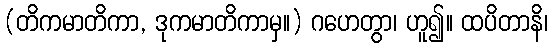
(တိကမာတိကာ, ဒုကမာတိကာမှ။) ဂဟေတွာ၊ ဟူ၍။ ထပိတာနိ၊